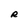
Character: R